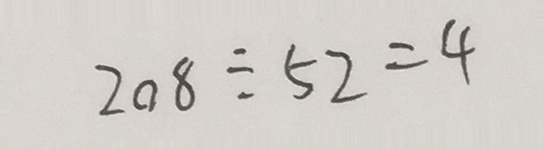
2 0 8 \div 5 2 = 4